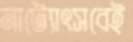
নাট্যোৎসবেই